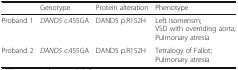
<table><thead><tr><td>[EMPTY_CELL]</td><td><b>Genotype</b></td><td><b>Protein alteration</b></td><td><b>Phenotype</b></td></tr></thead><tbody><tr><td>Proband 1</td><td><i>DAND5</i> c.455GA</td><td>DAND5 p.R152H</td><td>Left isomerism; VSD with overriding aorta; Pulmonary atresia</td></tr><tr><td>Proband 2</td><td><i>DAND5</i> c.455GA</td><td>DAND5 p.R152H</td><td>Tetralogy of Fallot; Pulmonary atresia</td></tr></tbody></table>